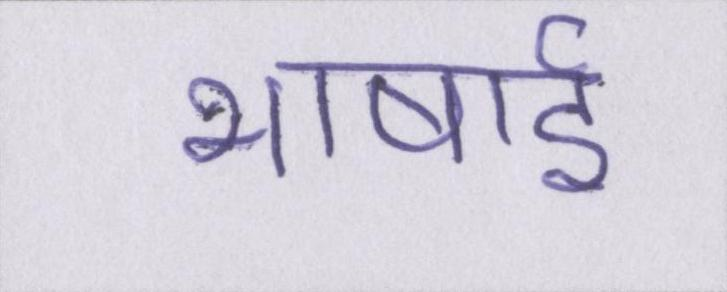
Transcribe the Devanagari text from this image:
भाषाई